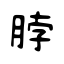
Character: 脖